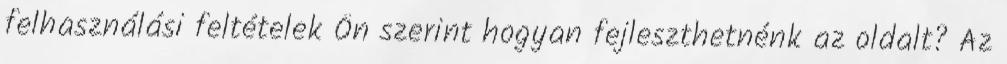
felhasználási feltételek Ön szerint hogyan fejleszthetnénk az oldalt? Az